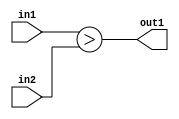
`timescale 1ps / 1ps
/*****************************************************************************
    Verilog RTL Description
    
    
    Created by: CellMath Designer 2019.1.01 
*******************************************************************************/

module DFT_compute_LessThan_3Ux4U_1U_4 (
	in2,
	in1,
	out1
	); /* architecture "behavioural" */ 
input [2:0] in2;
input [3:0] in1;
output  out1;
wire  asc001;

assign asc001 = (in1>in2);

assign out1 = asc001;
endmodule

/* CADENCE  urn5TQ4= : u9/ySgnWtBlWxVPRXgAZ4Og= ** DO NOT EDIT THIS LINE ******/